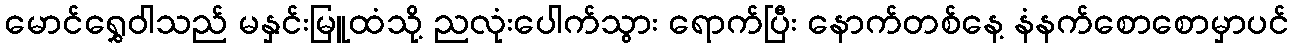
မောင်ရွှေဝါသည် မနှင်းမြူထံသို့ ညလုံးပေါက်သွား ရောက်ပြီး နောက်တစ်နေ့ နံနက်စောစောမှာပင်